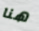
هنا